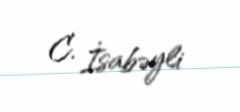
C. İsabəyli